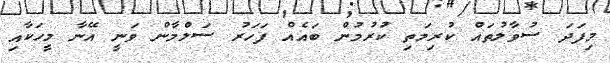
މިފަދަ ސުވާލުތައް ކުރިމަތި ކުރުމުން ބައެއް ފަހަރު ސަލްމާން ވަނީ އޭނާ މީހަކާއި